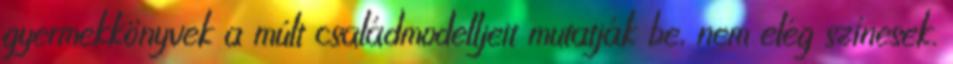
gyermekkönyvek a múlt családmodelljeit mutatják be, nem elég színesek.